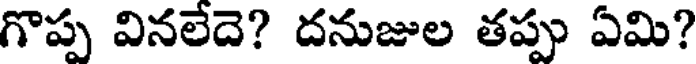
గొప్ప వినలేదె? దనుజుల తప్పు ఏమి?